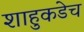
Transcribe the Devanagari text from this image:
शाहुकडेच